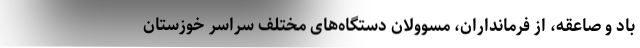
باد و صاعقه، از فرمانداران، مسوولان دستگاه‌های مختلف سراسر خوزستان